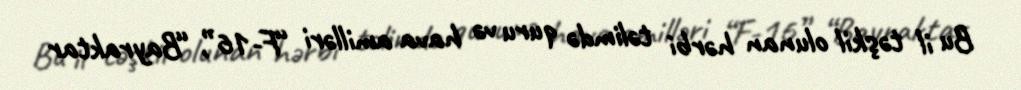
Bu il təşkil olunan hərbi təlimdə quru və hava amilləri “F-16”, “Bayraktar